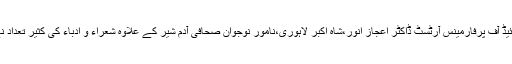
تقریب میں پرائیڈ آف پرفارمینس آرٹسٹ ڈاکٹر اعجاز انور،شاہ اکبر لاہوری،نامور نوجوان صحافی آدم شیر کے علاوہ شعراء و ادباء کی کثیر تعداد نے شرکت کی۔